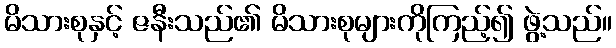
မိသားစုနှင့် ဇနီးသည်၏ မိသားစုများကိုကြည့်၍ ဖွဲ့သည်။